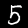
Digit: 5